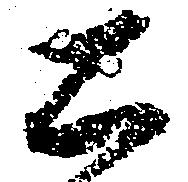
公